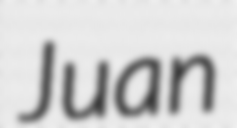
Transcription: Juan